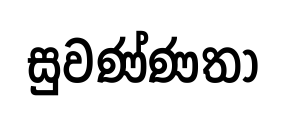
සුවණ්ණතා